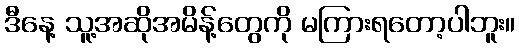
ဒီနေ့ သူ့အဆိုအမိန့်တွေကို မကြားရတော့ပါဘူး။